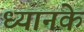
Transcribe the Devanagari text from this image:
ध्यानके